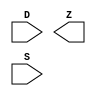
module sky130_fd_sc_hdll__muxb8to1 (
    //# {{data|Data Signals}}
    input  [7:0] D,
    output       Z,

    //# {{control|Control Signals}}
    input  [7:0] S
);

    // Voltage supply signals
    supply1 VPWR;
    supply0 VGND;
    supply1 VPB ;
    supply0 VNB ;

endmodule